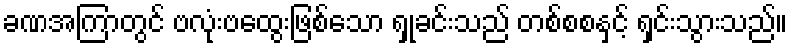
ခဏအကြာတွင် ဗလုံးဗထွေးဖြစ်သော ရှုခင်းသည် တစ်စစနှင့် ရှင်းသွားသည်။